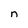
Character: n